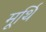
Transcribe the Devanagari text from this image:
मूर्थि